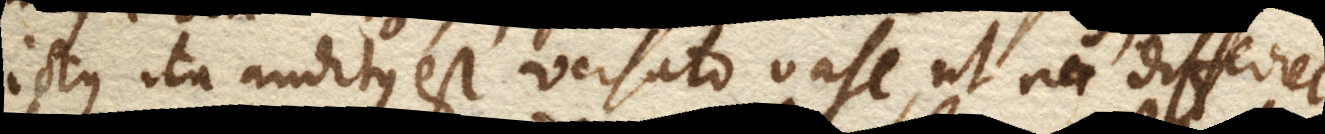
ictus ita auditus est versato vase, ut non differret